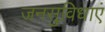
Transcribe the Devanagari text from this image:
जनसुविधाएं